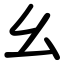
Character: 幺